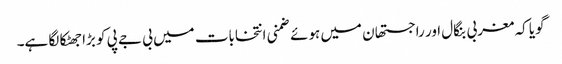
گویا کہ مغربی بنگال اور راجستھان میں ہوئے ضمنی انتخابات میں بی جے پی کو بڑا جھٹکا لگا ہے۔